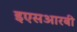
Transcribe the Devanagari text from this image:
इएसआरबी